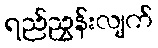
ရည်ညွှန်းလျက်